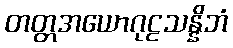
တတ္တအယောဂုဠသန္နိဘံ